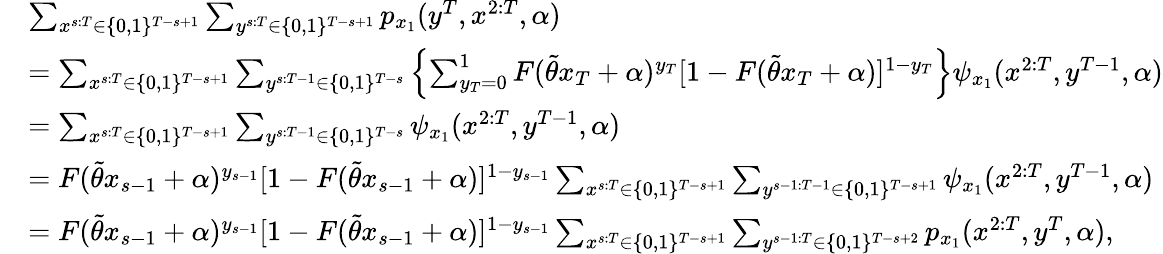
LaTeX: \begin{array}{rl}&{\sum_{x^{s:T}\in\{ 0,1\} ^{T-s+1}}\sum_{y^{s:T}\in\{ 0,1\} ^{T-s+1}}p_{x_{1}}(y^{T},x^{2:T},\alpha)}\\ &{=\sum_{x^{s:T}\in\{ 0,1\} ^{T-s+1}}\sum_{y^{s:T-1}\in\{ 0,1\} ^{T-s}}\left\{ \sum_{y_{T}=0}^{1}F(\widetilde{\theta}x_{T}+\alpha)^{y_{T}}[1-F(\widetilde{\theta}x_{T}+\alpha)]^{1-y_{T}}\right\} \psi_{x_{1}}(x^{2:T},y^{T-1},\alpha)}\\ &{=\sum_{x^{s:T}\in\{ 0,1\} ^{T-s+1}}\sum_{y^{s:T-1}\in\{ 0,1\} ^{T-s}}\psi_{x_{1}}(x^{2:T},y^{T-1},\alpha)}\\ &{=F(\widetilde{\theta}x_{s-1}+\alpha)^{y_{s-1}}[1-F(\widetilde{\theta}x_{s-1}+\alpha)]^{1-y_{s-1}}\sum_{x^{s:T}\in\{ 0,1\} ^{T-s+1}}\sum_{y^{s-1:T-1}\in\{ 0,1\} ^{T-s+1}}\psi_{x_{1}}(x^{2:T},y^{T-1},\alpha)}\\ &{=F(\widetilde{\theta}x_{s-1}+\alpha)^{y_{s-1}}[1-F(\widetilde{\theta}x_{s-1}+\alpha)]^{1-y_{s-1}}\sum_{x^{s:T}\in\{ 0,1\} ^{T-s+1}}\sum_{y^{s-1:T}\in\{ 0,1\} ^{T-s+2}}p_{x_{1}}(x^{2:T},y^{T},\alpha),}\end{array}